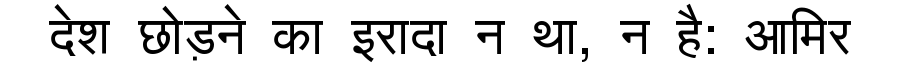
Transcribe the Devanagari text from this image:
देश छोड़ने का इरादा न था, न है: आमिर